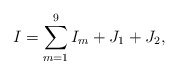
\begin{align*} I=\sum_{m=1}^9I_m+J_1+J_2, \end{align*}